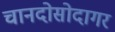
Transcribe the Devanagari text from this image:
चानदोसोदागर